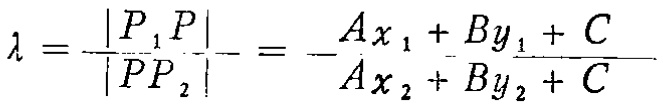
\(\lambda =\frac{\vert P_{1}P\vert}{\vert PP_{2}\vert}=-\frac{Ax_{1}+By_{1}+C}{Ax_{2}+By_{2}+C}\)